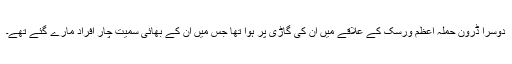
دوسرا ڈرون حملہ اعظم ورسک کے علاقے میں ان کی گاڑی پر ہوا تھا جس میں ان کے بھائی سمیت چار افراد مارے گئے تھے۔